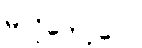
မလိုတော့ပေ။